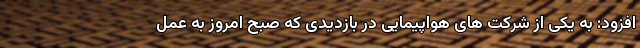
افزود: به یکی از شرکت های هواپیمایی در بازدیدی که صبح امروز به عمل